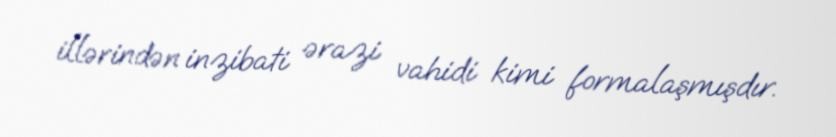
illərindən inzibati ərazi vahidi kimi formalaşmışdır.